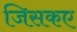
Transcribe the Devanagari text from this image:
जिसकए